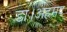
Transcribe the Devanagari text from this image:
डा।अहमद